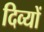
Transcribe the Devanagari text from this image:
दिव्यों